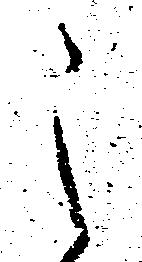
之